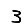
Digit: 3